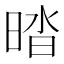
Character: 𰖔